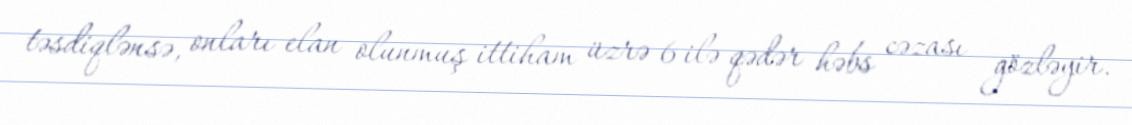
təsdiqlənsə, onları elan olunmuş ittiham üzrə 6 ilə qədər həbs cəzası gözləyir.